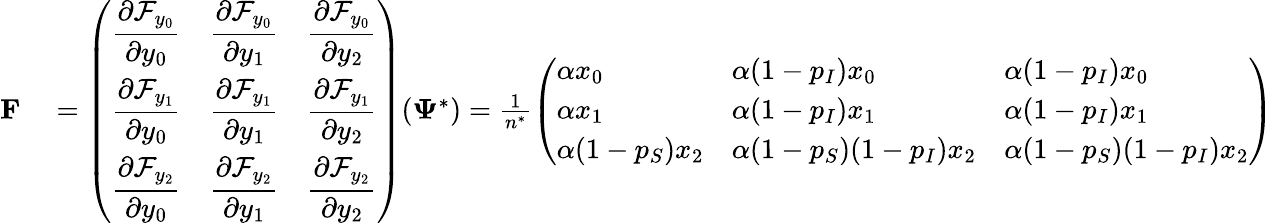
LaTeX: \begin{array}{rl}{\mathbf{F}}&{{}=\left(\begin{array}{lll}{\displaystyle\frac{\partial\mathcal{F}_{y_{0}}}{\partial y_{0}}}&{\displaystyle\frac{\partial\mathcal{F}_{y_{0}}}{\partial y_{1}}}&{\displaystyle\frac{\partial\mathcal{F}_{y_{0}}}{\partial y_{2}}}\\ {\displaystyle\frac{\partial\mathcal{F}_{y_{1}}}{\partial y_{0}}}&{\displaystyle\frac{\partial\mathcal{F}_{y_{1}}}{\partial y_{1}}}&{\displaystyle\frac{\partial\mathcal{F}_{y_{1}}}{\partial y_{2}}}\\ {\displaystyle\frac{\partial\mathcal{F}_{y_{2}}}{\partial y_{0}}}&{\displaystyle\frac{\partial\mathcal{F}_{y_{2}}}{\partial y_{1}}}&{\displaystyle\frac{\partial\mathcal{F}_{y_{2}}}{\partial y_{2}}}\end{array}\right)(\mathbf{\Psi}^{*})=\frac{1}{n^{*}}\left(\begin{array}{lll}{\displaystyle\alpha x_{0}}&{\displaystyle\alpha(1-p_{I})x_{0}}&{\displaystyle\alpha(1-p_{I})x_{0}}\\ {\displaystyle\alpha x_{1}}&{\displaystyle\alpha(1-p_{I})x_{1}}&{\displaystyle\alpha(1-p_{I})x_{1}}\\ {\displaystyle\alpha(1-p_{S})x_{2}}&{\displaystyle\alpha(1-p_{S})(1-p_{I})x_{2}}&{\displaystyle\alpha(1-p_{S})(1-p_{I})x_{2}}\end{array}\right)}\end{array}